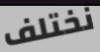
نختلف